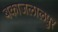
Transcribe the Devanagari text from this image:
बकाजलालपुर